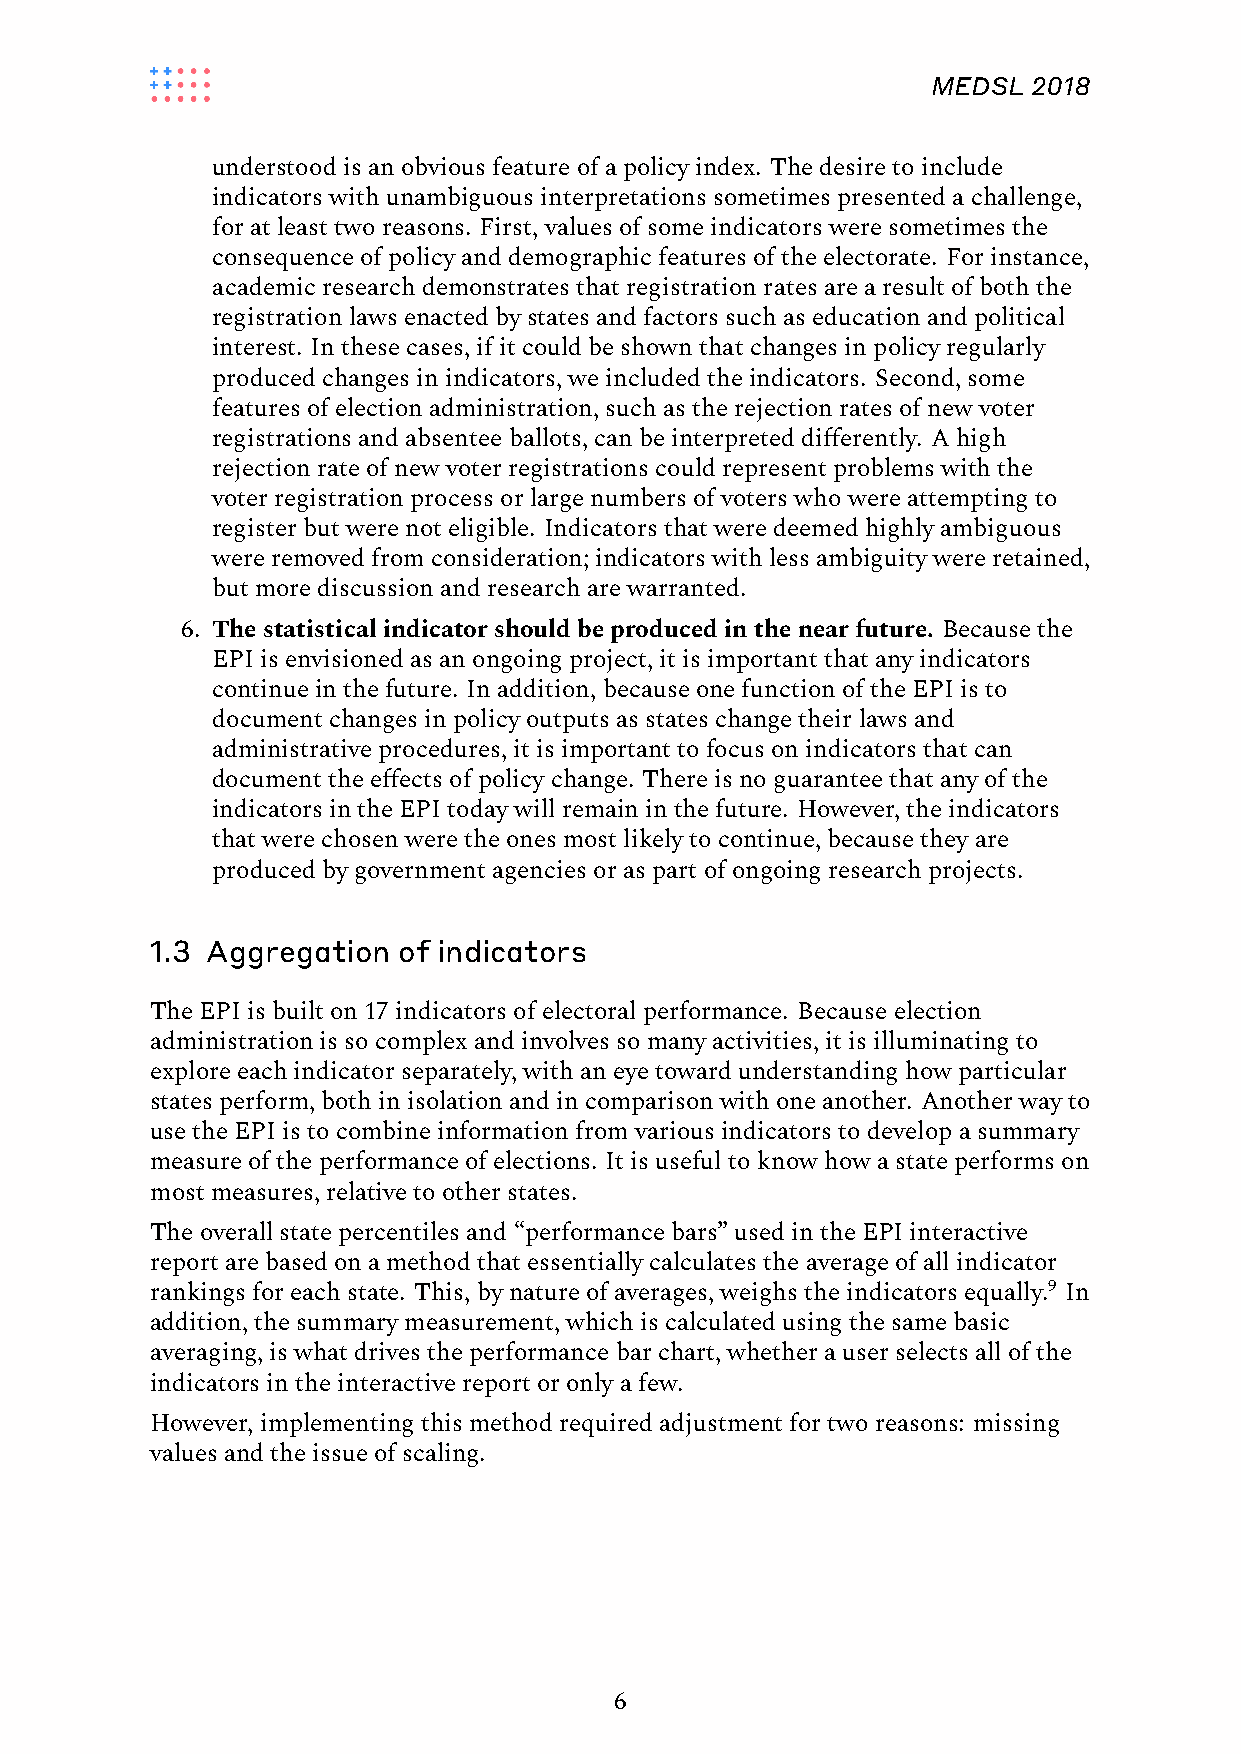
MEDSL 2018
 understood isanobviousfeatureofapolicyindex. Thedesiretoinclude
 indicatorswithunambiguousinterpretationssometimespresentedachallenge,
 foratleasttworeasons. First,valuesofsomeindicatorsweresometimesthe
 consequenceofpolicyanddemographicfeaturesoftheelectorate. Forinstance,
 academicresearchdemonstratesthatregistrationratesarearesultofboththe
 registrationlawsenactedbystatesandfactorssuchaseducationandpolitical
 interest. Inthesecases,ifitcouldbeshownthatchangesinpolicyregularly
 producedchangesinindicators,weincludedtheindicators. Second,some
 featuresof electionadministration,suchastherejectionratesofnewvoter
 registrationsandabsenteeballots,canbeinterpreteddifferently. Ahigh
 rejectionrateofnewvoterregistrationscouldrepresentproblemswiththe
 voterregistrationprocessorlargenumbersofvoterswhowereattemptingto
 registerbutwerenoteligible. Indicatorsthatweredeemedhighlyambiguous
 wereremovedfromconsideration;indicatorswithlessambiguitywereretained,
 butmorediscussionandresearcharewarranted.
 6. Thestatisticalindicatorshouldbeproducedinthenearfuture. Becausethe
 EPIisenvisionedasanongoingproject,itisimportantthatanyindicators
 continuein thefuture. Inaddition,becauseonefunctionoftheEPIisto
 documentchangesinpolicyoutputsasstateschangetheirlawsand
 administrativeprocedures,itisimportanttofocusonindicatorsthatcan
 documenttheeffectsofpolicychange. Thereisnoguaranteethatanyofthe
 indicatorsintheEPItodaywillremaininthefuture. However,theindicators
 thatwerechosenweretheonesmostlikelytocontinue,becausetheyare
 producedbygovernmentagenciesoraspartofongoingresearchprojects.
 1.3 Aggregation of indicators
 TheEPIisbuilton17indicatorsofelectoralperformance. Becauseelection
 administrationissocomplexandinvolvessomanyactivities,itisilluminatingto
 exploreeachindicatorseparately,withaneyetowardunderstandinghowparticular
 statesperform,bothinisolationandincomparisonwithoneanother. Anotherwayto
 usetheEPIistocombineinformationfromvariousindicatorstodevelopasummary
 measureoftheperformanceofelections. Itisusefultoknowhowastateperformson
 mostmeasures,relativetootherstates.
 Theoverallstatepercentilesand“performancebars”usedintheEPIinteractive
 reportarebasedonamethodthatessentiallycalculatestheaverageofallindicator
 rankingsforeachstate. This,bynatureofaverages,weighstheindicatorsequally.9 In
 addition,thesummarymeasurement,whichiscalculatedusingthesamebasic
 averaging,iswhatdrivestheperformancebarchart,whetherauserselectsallofthe
 indicatorsintheinteractivereportoronlyafew.
 However,implementingthismethodrequiredadjustmentfortworeasons: missing
 valuesandtheissueofscaling.
 6